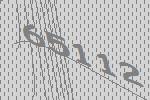
65112